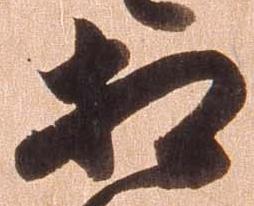
相